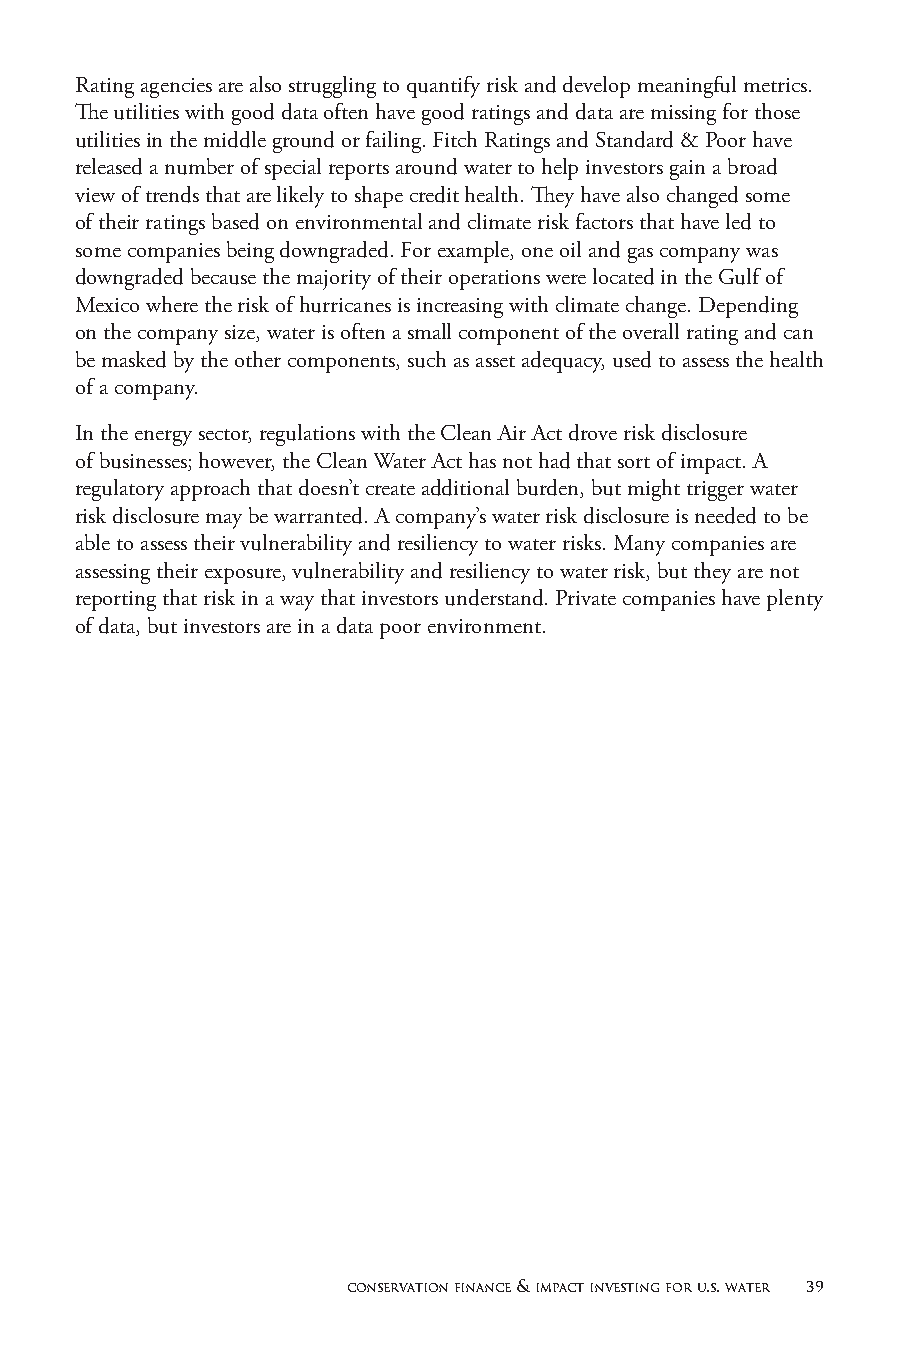
Rating agencies are also struggling to quantify risk and develop meaningful metrics.
 The utilities with good data often have good ratings and data are missing for those
 utilities in the middle ground or failing. Fitch Ratings and Standard & Poor have
 released a number of special reports around water to help investors gain a broad
 view of trends that are likely to shape credit health. They have also changed some
 of their ratings based on environmental and climate risk factors that have led to
 some companies being downgraded. For example, one oil and gas company was
 downgraded because the majority of their operations were located in the Gulf of
 Mexico where the risk of hurricanes is increasing with climate change. Depending
 on the company size, water is often a small component of the overall rating and can
 be masked by the other components, such as asset adequacy, used to assess the health
 of a company.
 In the energy sector, regulations with the Clean Air Act drove risk disclosure
 of businesses; however, the Clean Water Act has not had that sort of impact. A
 regulatory approach that doesn’t create additional burden, but might trigger water
 risk disclosure may be warranted. A company’s water risk disclosure is needed to be
 able to assess their vulnerability and resiliency to water risks. Many companies are
 assessing their exposure, vulnerability and resiliency to water risk, but they are not
 reporting that risk in a way that investors understand. Private companies have plenty
 of data, but investors are in a data poor environment.
 conservation finance & impact investing for u.s. water 39